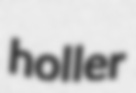
holler